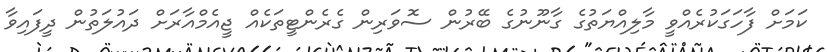
ކަމަށް ފާހަގަކުރެއްވީ މާލިއްޔަތުގެ ގާނޫނުގެ ބޭރުން ސޮވަރިން ގެރެންޓީތަކެއް ޖީއެމްއާރަށް ދައުލަތުން ދީފައިވާ